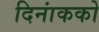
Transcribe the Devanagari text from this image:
दिनांकको